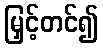
မြှင့်တင်၍